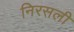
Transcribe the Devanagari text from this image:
निरसली